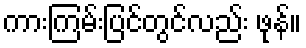
ကားကြမ်းပြင်တွင်လည်း ဖုန်။